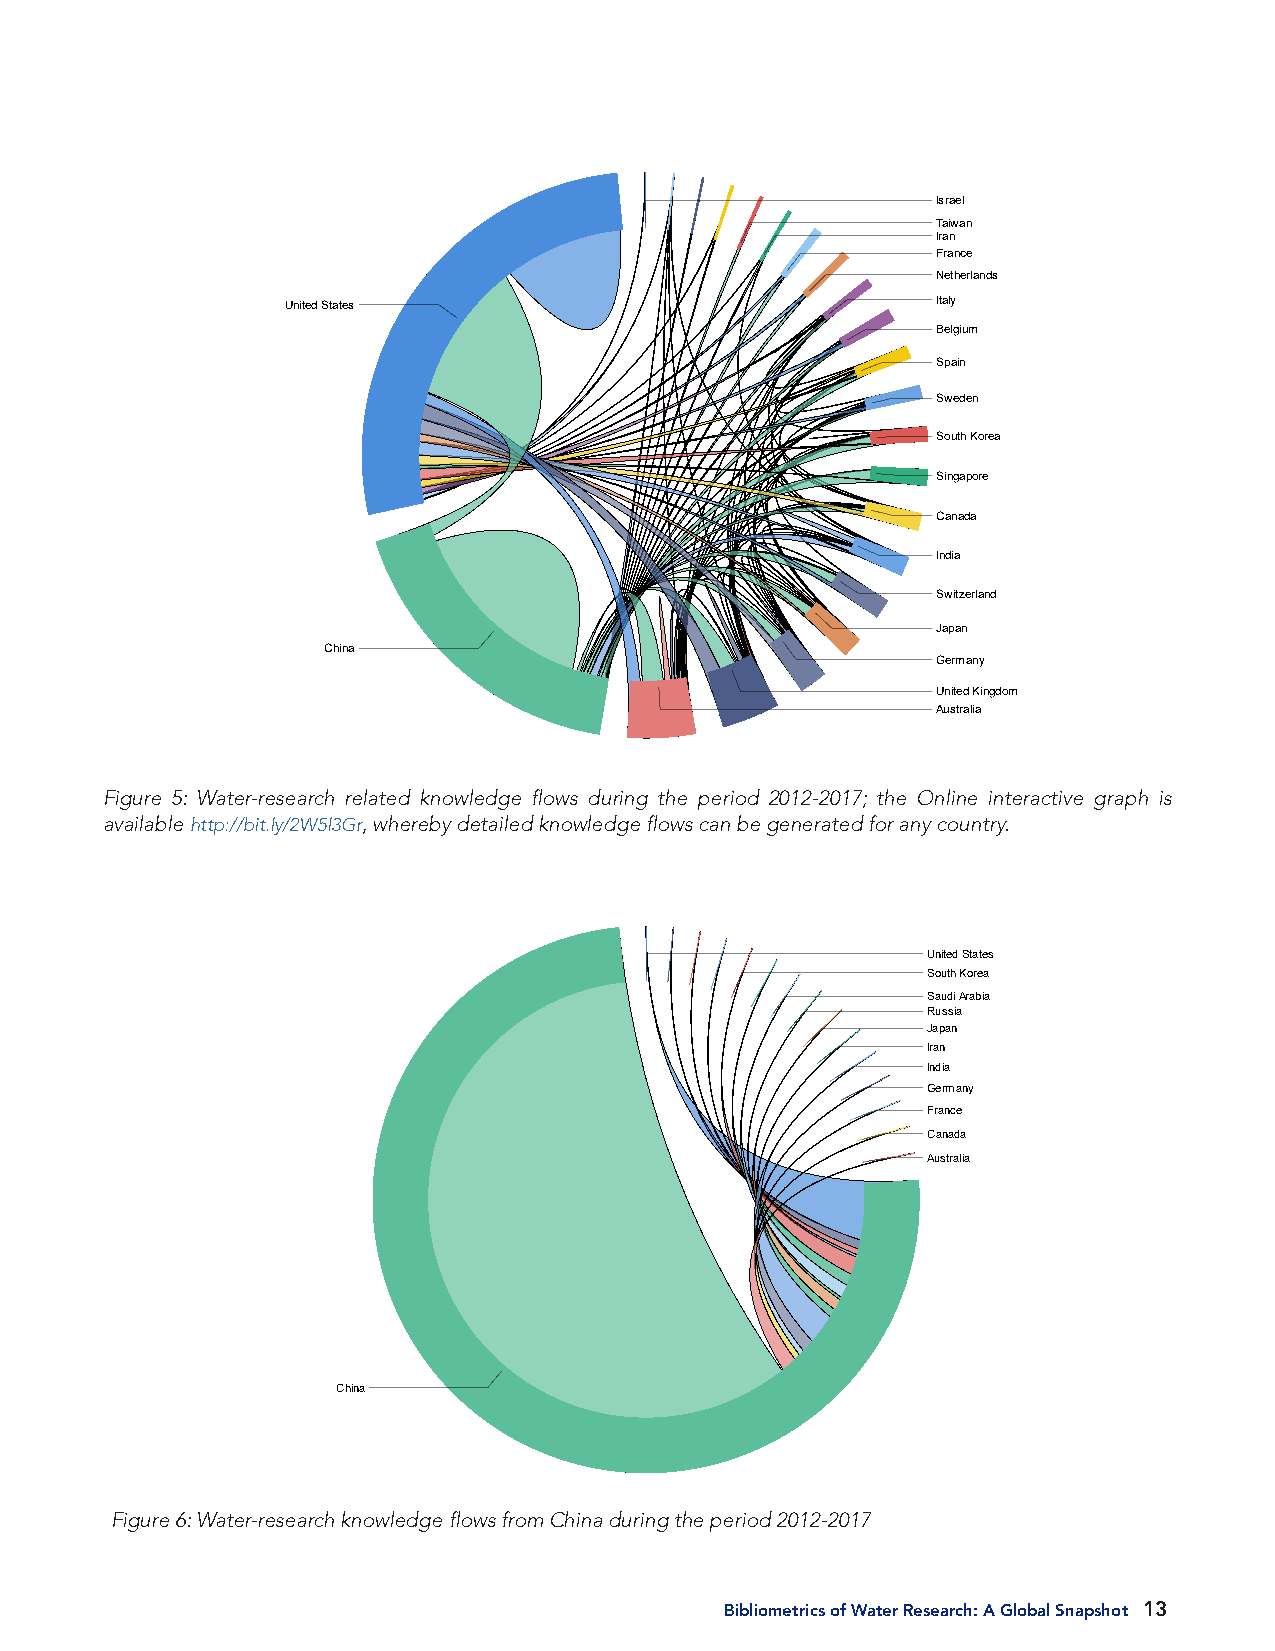
2019-03-28                        Page 2
 Number of Citations by Citation Origin and Ending
 Israel
 Taiwan
 Iran
 France
 Netherlands
 United States                              Italy
 Belgium
 Spain
 Sweden
 South Korea
 Singapore
 Canada
 India
 Switzerland
 Japan
 China
 Germany
 United Kingdom
 Australia
 1/1
 Figure 5: Water-research related knowledge flows during the period 2012-2017; the Online interactive graph is
 available http://bit.ly/2W5l3Gr, whereby detailed knowledge flows can be generated for any country.
 2019-03-28                       Page 2
 Number of Citations by Citation Origin and Ending
 United States
 South Korea
 Saudi Arabia
 Russia
 Japan
 Iran
 India
 Germany
 France
 Canada
 Australia
 China
 1/1
 Figure 6: Water-research knowledge flows from China during the period 2012-2017
 Bibliometrics of Water Research: A Global Snapshot 13